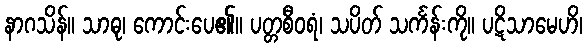
နာဂသိန်။ သာဓု၊ ကောင်းပေ၏။ ပတ္တစီဝရံ၊ သပိတ် သင်္ကန်းကို။ ပဋိသာမေဟိ၊